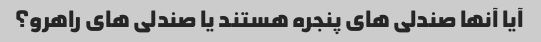
آیا آنها صندلی های پنجره هستند یا صندلی های راهرو؟